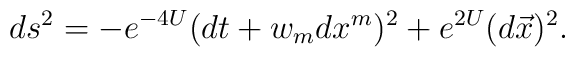
ds^2 =-e^{-4 U}(dt+w_mdx^m)^2 +e^{2 U} (d\vec{x})^2.